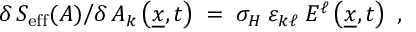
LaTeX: \delta \, S _ { \mathrm { e f f } } ( A ) \big / \delta \, A _ { k } \left( \underline { { { x } } } , t \right) \; = \; \sigma _ { H } \; \varepsilon _ { k \ell } \; E ^ { \ell } \left( \underline { { { x } } } , t \right) ~ ,